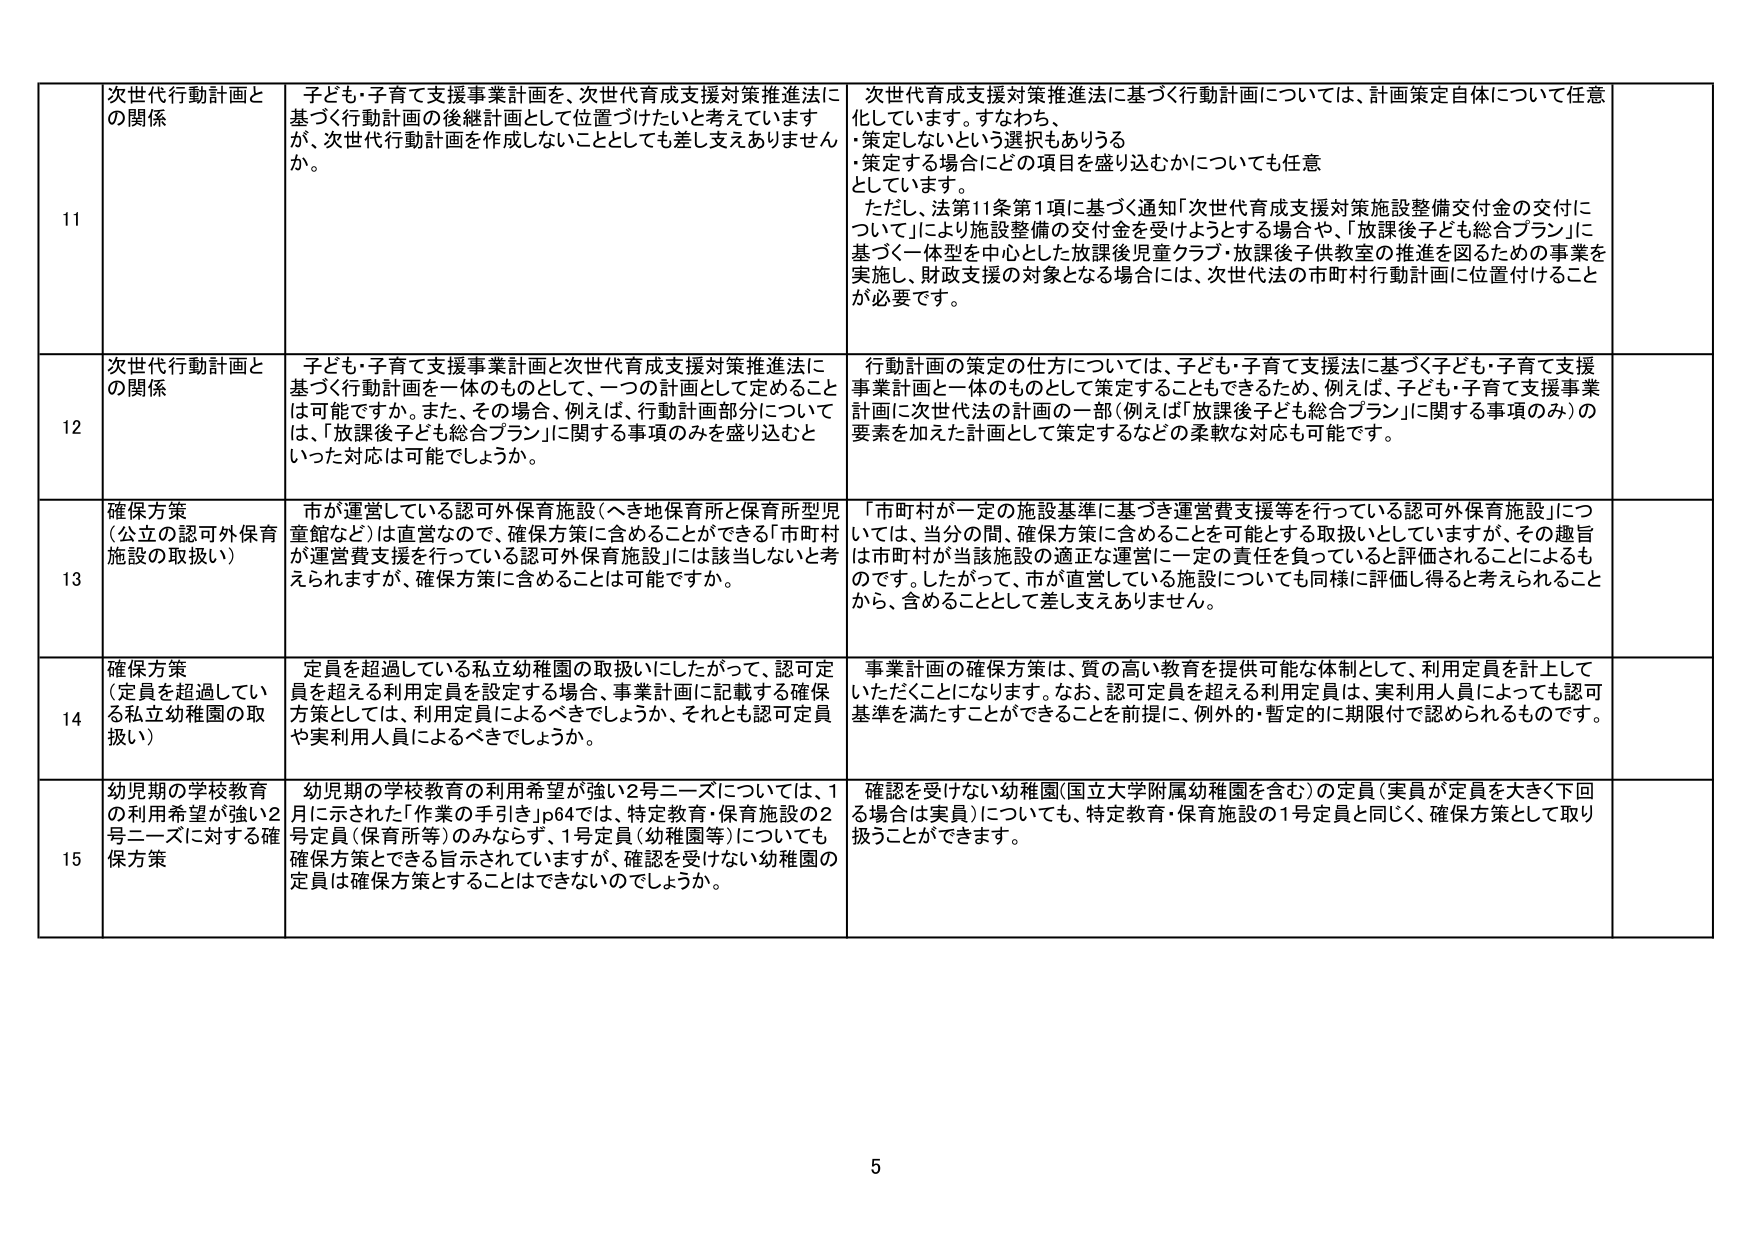
11 次世代行動計画との関係
子ども・子育て支援事業計画を、次世代育成支援対策推進法に基づく行動計画の後継計画として位置づけたいと考えていますが、次世代行動計画を作成しないこととしても差し支えありませんか。
次世代育成支援対策推進法に基づく行動計画については、計画策定自体について任意化しています。すなわち、
・策定しないという選択もありうる
・策定する場合にどの項目を盛り込むかについても任意としています。
ただし、法第11条第1項に基づく通知「次世代育成支援対策施設整備交付金の交付について」により施設整備の交付金を受けようとする場合や、「放課後子ども総合プラン」に基づく一体型を中心とした放課後児童クラブ・放課後子ども教室の推進を図るための事業を実施し、財政支援の対象となる場合には、次世代法の市町村行動計画に位置付けることが必要です。

12 次世代行動計画との関係
子ども・子育て支援事業計画と次世代育成支援対策推進法に基づく行動計画を一体のものとして、一つの計画として定めることは可能です。また、その場合、例えば、行動計画部分については、「放課後子ども総合プラン」に関する事項のみを盛り込むといった対応は可能でしょうか。
行動計画の策定の仕方については、子ども・子育て支援法に基づく子ども・子育て支援事業計画と一体のものとして策定することもできるため、例えば、子ども・子育て支援事業計画に次世代法の計画の一部（例えば「放課後子ども総合プラン」に関する事項のみ）の要素を加えた計画として策定するなどの柔軟な対応も可能です。

13 確保方策（公立の認可外保育施設の取扱い）
市が運営している認可外保育施設（へき地保育所と保育所型児童館など）は直営なので、確保方策に含めることができる「市町村が運営費支援を行っている認可外保育施設」には該当しないと考えられますが、確保方策に含めることは可能ですか。
「市町村が一定の施設基準に基づき運営費支援等を行っている認可外保育施設」については、当分の間、確保方策に含めることを可能とする取扱いとしていますが、その趣旨は市町村が当該施設の適正な運営に一定の責任を負っていると評価されることによるものです。したがって、市が直営している施設についても同様に評価し得ると考えられることから、含めることとして差し支えありません。

14 確保方策（定員を超過している私立幼稚園の取扱い）
定員を超過している私立幼稚園の取扱いにしたがって、認可定員を超える利用定員を設定する場合、事業計画に記載する確保方策としては、利用定員によるべきでしょうか、それとも認可定員や実利用人員によるべきでしょうか。
事業計画の確保方策は、質の高い教育を提供可能な体制として、利用定員を計上していただくことになります。なお、認可定員を超える利用定員は、実利用人員によっても認可基準を満たすことができることを前提に、例外的・暫定的に期限付で認められるものです。

15 幼児期の学校教育の利用希望が強い2号ニーズに対する確保方策
幼児期の学校教育の利用希望が強い2号ニーズについては、1月に示された「作業の手引き」p64では、特定教育・保育施設の2号定員（保育所等）のみならず、1号定員（幼稚園等）についても確保方策とできる旨示されていますが、確認を受けない幼稚園の定員は確保方策とすることはできないのでしょうか。
確認を受けない幼稚園（国立大学附属幼稚園を含む）の定員（実員が定員を大きく下回る場合は実員）についても、特定教育・保育施設の1号定員と同じく、確保方策として取り扱うことができます。

5